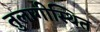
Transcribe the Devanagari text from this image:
तुलागीस्थित